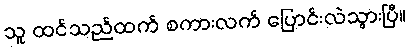
သူ ထင်သည်ထက် စကားလက် ပြောင်းလဲသွားပြီ။